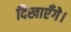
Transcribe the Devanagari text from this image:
दिखाएँगे।